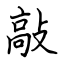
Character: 敲